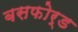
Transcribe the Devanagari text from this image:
बसफोर्ड